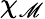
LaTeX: \chi_{\mathscr{M}}